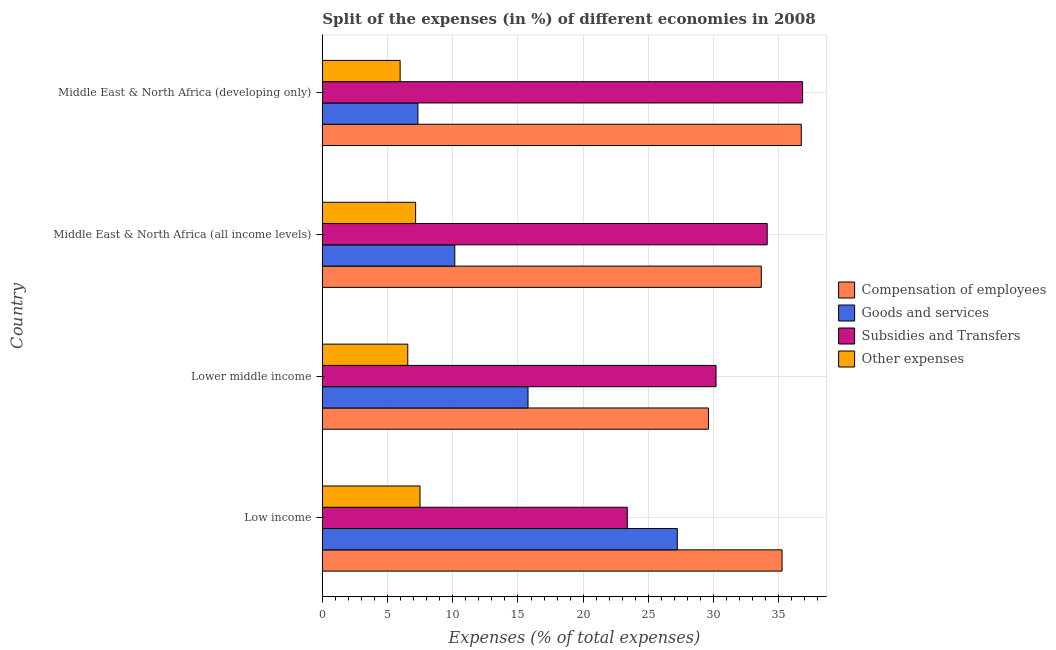
| Country | Compensation of employees | Goods and services | Subsidies and Transfers | Other expenses |
 | --- | --- | --- | --- | --- |
 | Low income | 35.2 | 27.2 | 23.4 | 7.49 |
 | Lower middle income | 29.6 | 15.8 | 30.2 | 6.55 |
 | Middle East & North Africa (all income levels) | 33.7 | 10.2 | 34.1 | 7.15 |
 | Middle East & North Africa (developing only) | 36.7 | 7.33 | 36.8 | 5.97 |